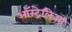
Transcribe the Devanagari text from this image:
ऑस्ट्रेलिआ